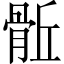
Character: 𩨼